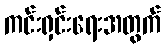
ကင်းရှင်းရေးအတွက်